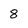
Character: 8